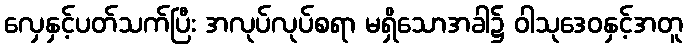
လှေနှင့်ပတ်သက်ပြီး အလုပ်လုပ်စရာ မရှိသောအခါ၌ ဝါသုဒေဝနှင့်အတူ